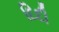
દિદી